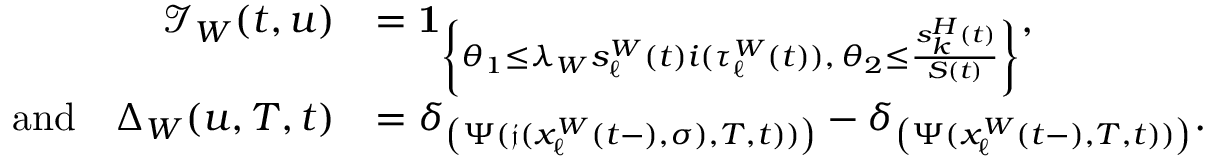
\begin{array} { r l } { \mathcal { I } _ { W } ( t , u ) } & { = \mathbf { 1 } _ { \left\{ \theta _ { 1 } \leq \lambda _ { W } s _ { \ell } ^ { W } ( t ) i ( \tau _ { \ell } ^ { W } ( t ) ) , \, \theta _ { 2 } \leq \frac { s _ { k } ^ { H } ( t ) } { S ( t ) } \right\} } , } \\ { \mathrm { a n d } \quad \Delta _ { W } ( u , T , t ) } & { = \delta _ { \left( \Psi ( \mathfrak { j } ( x _ { \ell } ^ { W } ( t - ) , \sigma ) , T , t ) ) \right) } - \delta _ { \left( \Psi ( x _ { \ell } ^ { W } ( t - ) , T , t ) ) \right) } . } \end{array}